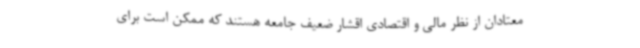
معتادان از نظر مالی و اقتصادی اقشار ضعیف جامعه هستند که ممکن است برای